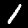
Digit: 1